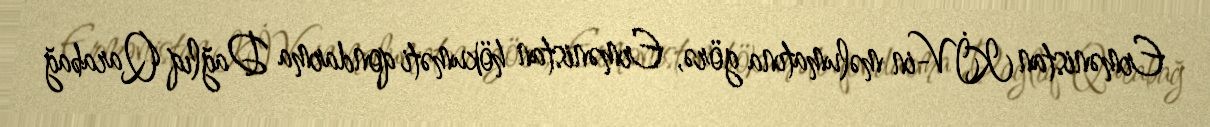
Ermənistan KİV-in məlumatına görə, Ermənistan hökuməti qondarma Dağlıq Qarabağ